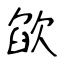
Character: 欿